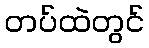
တပ်ထဲတွင်